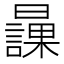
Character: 𣋾